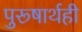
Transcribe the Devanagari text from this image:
पुरूषार्थही